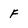
Character: f